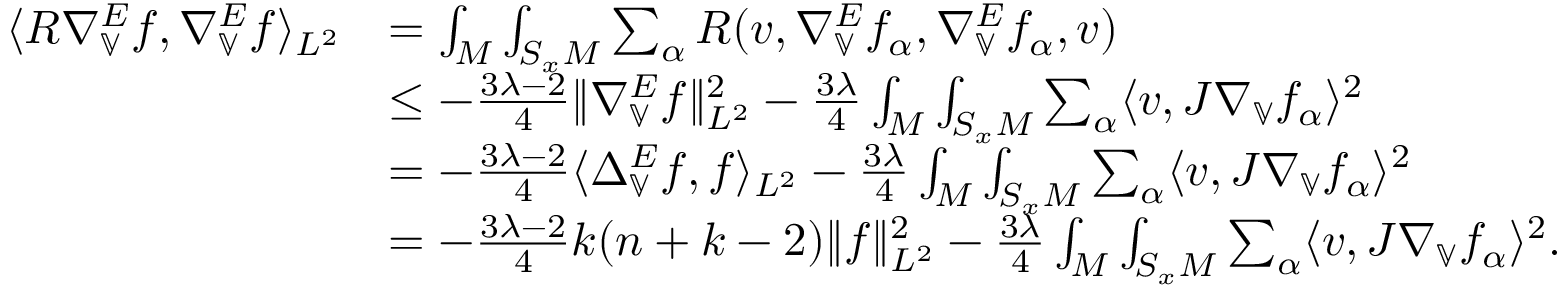
\begin{array} { r l } { \langle R \nabla _ { \mathbb { V } } ^ { E } f , \nabla _ { \mathbb { V } } ^ { E } f \rangle _ { L ^ { 2 } } } & { = \int _ { M } \int _ { S _ { x } M } \sum _ { \alpha } R ( v , \nabla _ { \mathbb { V } } ^ { E } f _ { \alpha } , \nabla _ { \mathbb { V } } ^ { E } f _ { \alpha } , v ) } \\ & { \leq - \frac { 3 \lambda - 2 } { 4 } \| \nabla _ { \mathbb { V } } ^ { E } f \| _ { L ^ { 2 } } ^ { 2 } - \frac { 3 \lambda } { 4 } \int _ { M } \int _ { S _ { x } M } \sum _ { \alpha } \langle v , J \nabla _ { \mathbb { V } } f _ { \alpha } \rangle ^ { 2 } } \\ & { = - \frac { 3 \lambda - 2 } { 4 } \langle \Delta _ { \mathbb { V } } ^ { E } f , f \rangle _ { L ^ { 2 } } - \frac { 3 \lambda } { 4 } \int _ { M } \int _ { S _ { x } M } \sum _ { \alpha } \langle v , J \nabla _ { \mathbb { V } } f _ { \alpha } \rangle ^ { 2 } } \\ & { = - \frac { 3 \lambda - 2 } { 4 } k ( n + k - 2 ) \| f \| _ { L ^ { 2 } } ^ { 2 } - \frac { 3 \lambda } { 4 } \int _ { M } \int _ { S _ { x } M } \sum _ { \alpha } \langle v , J \nabla _ { \mathbb { V } } f _ { \alpha } \rangle ^ { 2 } . } \end{array}